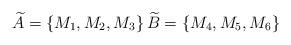
LaTeX: \begin{align*} \widetilde{A}=\left\{M_{1},M_{2},M_{3}\right\} \widetilde{B}=\left\{M_{4},M_{5},M_{6}\right\}\end{align*}